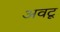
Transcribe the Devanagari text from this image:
अवटू